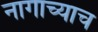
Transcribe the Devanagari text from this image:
नागाच्याच